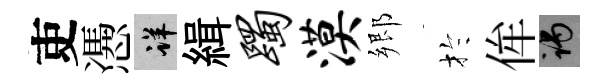
吏慿详緝躅漠郷扵侔谒